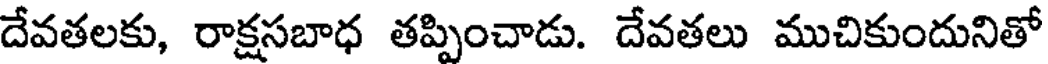
దేవతలకు, రాక్షసబాధ తప్పించాడు. దేవతలు ముచికుందునితో